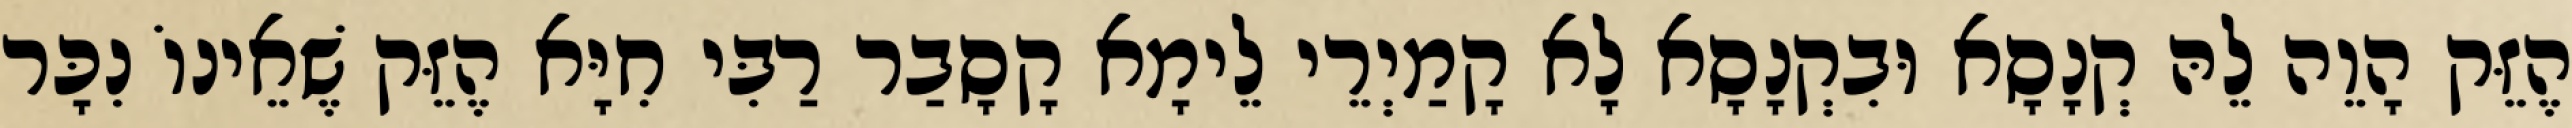
הֶזֵּק הָוֵה לֵהּ קְנָסָא וּבִקְנָסָא לָא קָמַיְרֵי לֵימָא קָסָבַר רַבִּי חִיָּא הֶזֵּק שֶׁאֵינוֹ נִכָּר